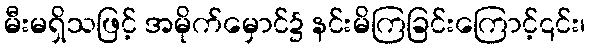
မီးမရှိသဖြင့် အမိုက်မှောင်၌ နင်းမိကြခြင်းကြောင့်၎င်း၊